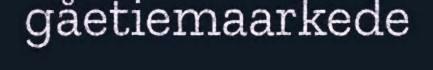
gåetiemaarkede